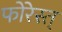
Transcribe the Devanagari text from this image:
फोरेस्त्